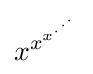
x^{x^{x^{\cdot ^{\cdot ^{\cdot }}}}}